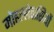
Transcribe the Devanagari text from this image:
मोहल्लेवासियों